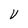
Character: V